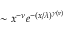
\sim x ^ { - \nu } e ^ { - ( x / \lambda ) ^ { \gamma ( \nu ) } }